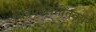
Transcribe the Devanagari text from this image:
चित्रपटसंगीतकार